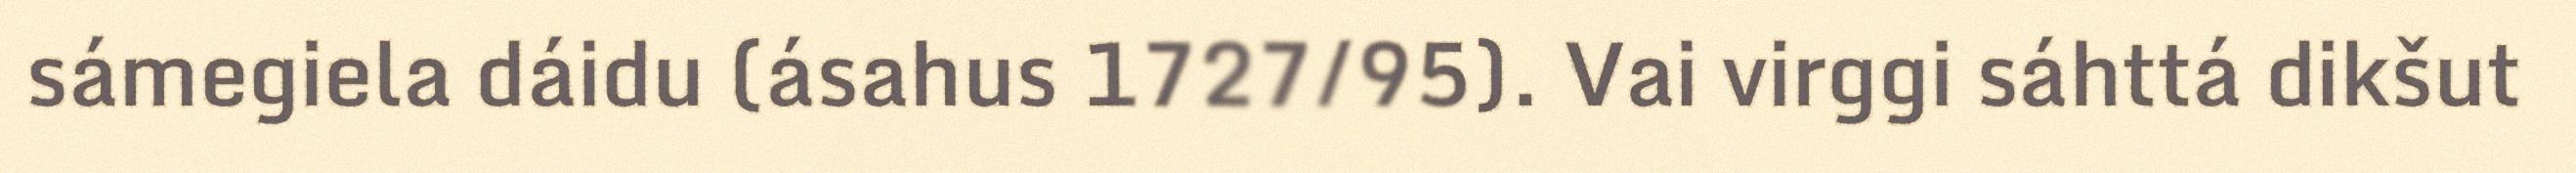
sámegiela dáidu (ásahus 1727/95). Vai virggi sáhttá dikšut